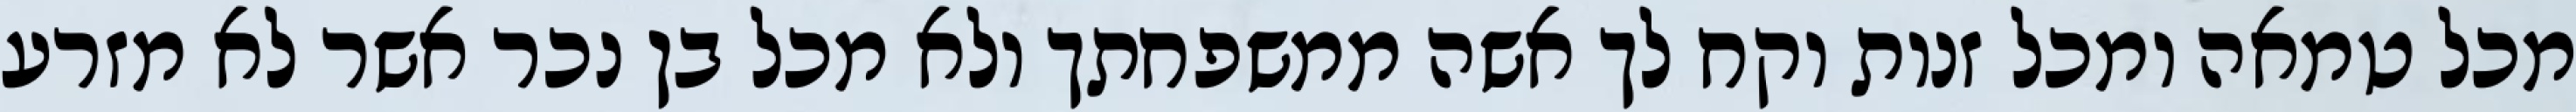
מכל טמאה ומכל זנות וקח לך אשה ממשפחתך ולא מכל בן נכר אשר לא מזרע